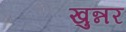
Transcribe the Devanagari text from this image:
खुन्नर